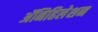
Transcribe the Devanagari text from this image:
ॲनिहिलेशन